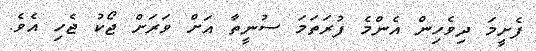
ފެށީމަ ދިވެހިން އެންމެ ފުރަތަމަ ސުނީތާ އަށް ވަރަށް ޖޯކު ޖެހި އެވެ.